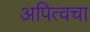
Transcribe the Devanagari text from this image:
अपित्वचा